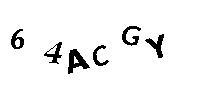
64ACGY